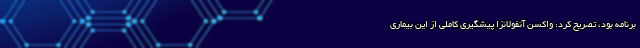
برنامه بود، تصریح کرد: واکسن آنفولانزا پیشگیری کاملی از این بیماری